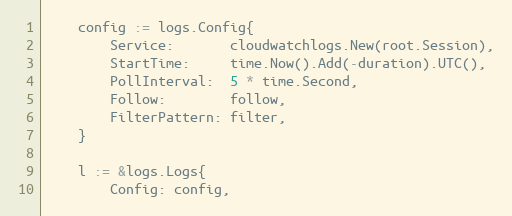
Language: Go
	config := logs.Config{
		Service:       cloudwatchlogs.New(root.Session),
		StartTime:     time.Now().Add(-duration).UTC(),
		PollInterval:  5 * time.Second,
		Follow:        follow,
		FilterPattern: filter,
	}

	l := &logs.Logs{
		Config: config,